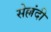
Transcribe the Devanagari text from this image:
सेल्लंदी